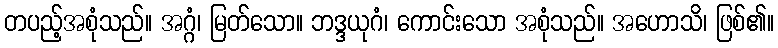
တပည့်အစုံသည်။ အဂ္ဂံ၊ မြတ်သော။ ဘဒ္ဒယုဂံ၊ ကောင်းသော အစုံသည်။ အဟောသိ၊ ဖြစ်၏။